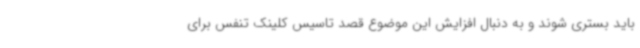
باید بستری شوند و به دنبال افزایش این موضوع قصد تاسیس کلینک تنفس برای